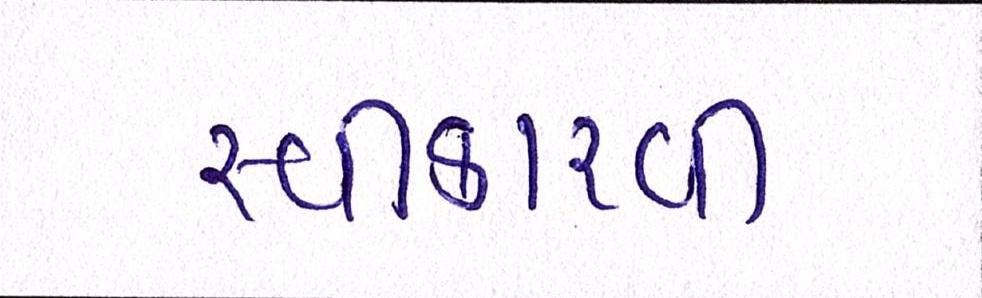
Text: સ્વીકારવી